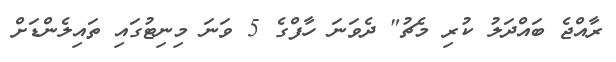
ރާއްޖެ ބައްދަލު ކުރި މެޗު" ދެވަނަ ހާފްގެ 5 ވަނަ މިނިޓުގައި ތައިލެންޑަށް